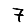
Digit: 7